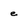
Character: e